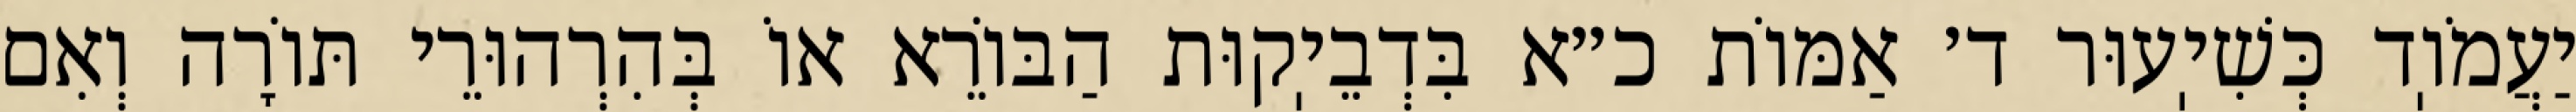
יַעֲמֹוֽד כְּשִׁיֽעוּר ד׳ אַמּוֹת כ״א בִּדְבֵיֽקוּת הַבּוֹרֵא אוֹ בְּהִרְהוּרֵי תּוֹרָה וְאִם